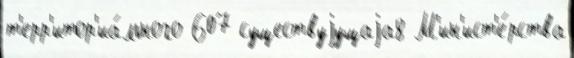
т'ерр'итор'иа́льного 607 существуjущаjа8 М'ин'ист'е́рства